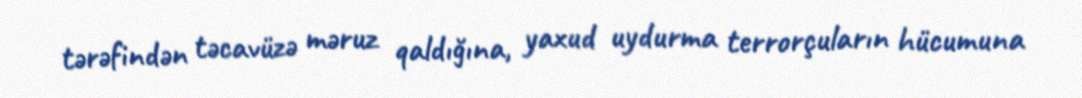
tərəfindən təcavüzə məruz qaldığına, yaxud uydurma terrorçuların hücumuna